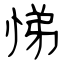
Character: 悌